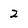
Character: 2